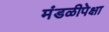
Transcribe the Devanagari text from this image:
मंडळीपेक्षा